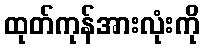
ထုတ်ကုန်အားလုံးကို